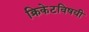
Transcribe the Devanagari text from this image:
क्रिकेटविषयी